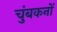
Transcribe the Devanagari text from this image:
चुंबकनों